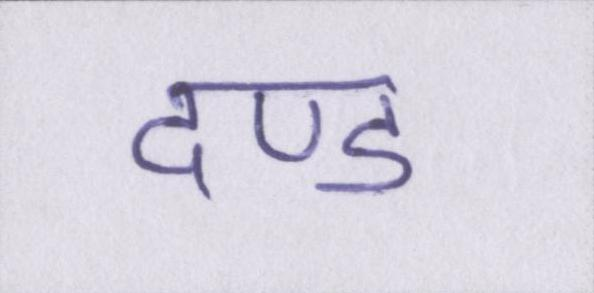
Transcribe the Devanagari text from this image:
दण्ड